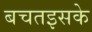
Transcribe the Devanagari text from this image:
बचतइसके